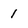
Character: 1